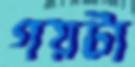
গয়টা